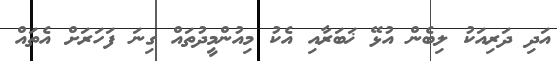
އަދި ދަރިއަކު ލިބެން އުޅޭ ޚަބަރާއި އެކު މިއުންމީދުތައް ގިނަ ފަހަރަށް އެތައް